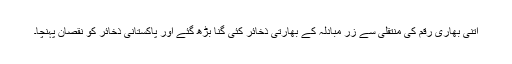
اتنی بھاری رقم کی منتقلی سے زر مبادلہ کے بھارتی ذخائر کئی گنا بڑھ گئے اور پاکستانی ذخائر کو نقصان پہنچا۔